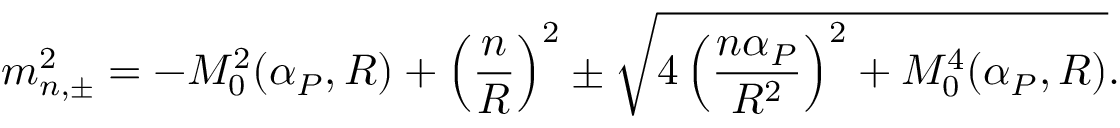
m _ { n , \pm } ^ { 2 } = - { \cal M } _ { 0 } ^ { 2 } ( \alpha _ { P } , R ) + \left( \frac { n } { R } \right) ^ { 2 } \pm \sqrt { 4 \left( \frac { n \alpha _ { P } } { R ^ { 2 } } \right) ^ { 2 } + { \cal M } _ { 0 } ^ { 4 } ( \alpha _ { P } , R ) } .